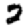
Digit: 2